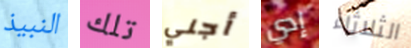
النبيذ تلك أجني إدي الثلاثاء